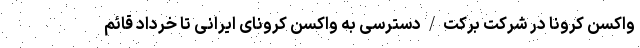
واکسن کرونا در شرکت برکت/دسترسی به واکسن کرونای ایرانی تا خرداد قائم